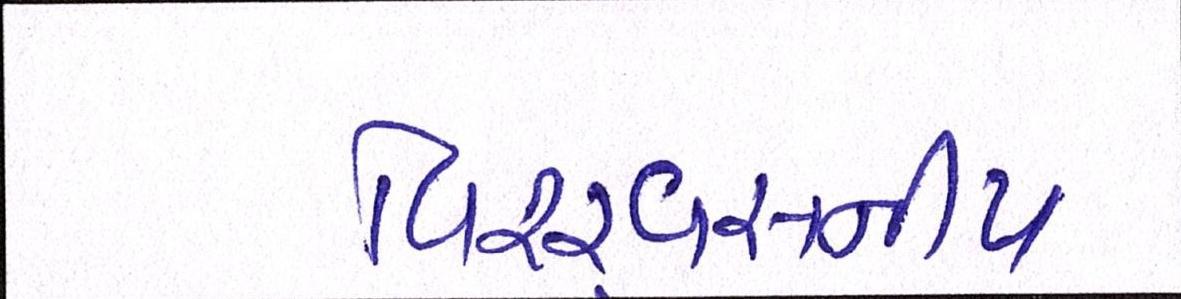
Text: વિશ્ર્વસનીય